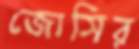
জোসির